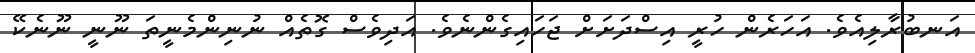
އަނބުރާލިއެވެ. އަހަރެން ހުރީ އިސްދަށަށް ޖަހައިގެންނެވެ. އަދިވެސް ގޮތެއް ނުނިންމެނީތަ ނޫނީ ނޫނެކޭ